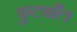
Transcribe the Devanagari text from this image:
फुटबाँल